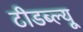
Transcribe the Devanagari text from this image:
टीडब्‍ल्‍यू